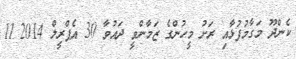
ކެންދޫ މަގާމުފުޅާއި ރަށު މީހުންގެ ޒަމާންވީ ދައުވާ 30 އެޕްރީލް 2014 11